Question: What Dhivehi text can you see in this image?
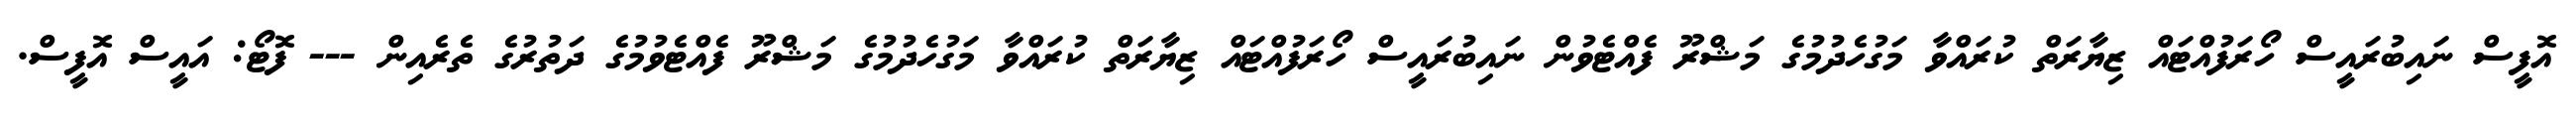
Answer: އޮފީސް ނައިބުރައީސް ހޯރަފުއްޓައް ޒިޔާރަތް ކުރައްވާ މަގުހެދުމުގެ މަޝްރޫ ފެއްޓެވުން ނައިބުރައީސް ހޯރަފުއްޓައް ޒިޔާރަތް ކުރައްވާ މަގުހެދުމުގެ މަޝްރޫ ފެއްޓެވުމުގެ ދަތުރުގެ ތެރެއިން --- ފޮޓޯ: އައީސް އޮފީސް.